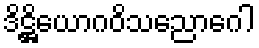
ဒိဋ္ဌိယောဂဝိသညောဂေါ